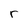
Character: r